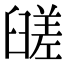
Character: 䑘